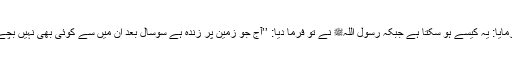
تو فرمایا: یہ کیسے ہو سکتا ہے جبکہ رسول اللہﷺ نے تو فرما دیا: ’’آج جو زمین پر زندہ ہے سوسال بعد ان میں سے کوئی بھی نہیں بچے کا۔